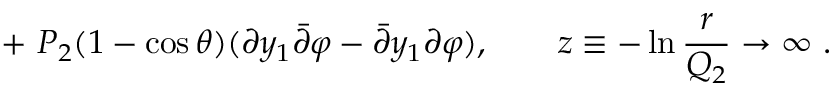
+ \ P _ { 2 } ( 1 - \cos \theta ) ( \partial y _ { 1 } { \bar { \partial } } \varphi - { \bar { \partial } } y _ { 1 } \partial \varphi ) , \ \ \ \ \ \ z \equiv - \ln { \frac { r } { Q _ { 2 } } } \to \infty \ .